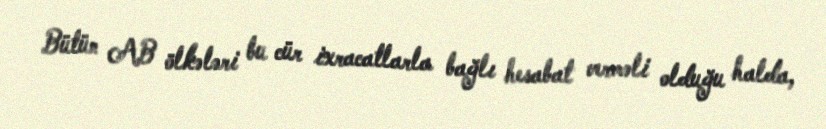
Bütün AB ölkələri bu cür ixracatlarla bağlı hesabat verməli olduğu halda,